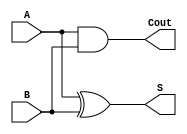
`timescale 1ns/10ps
module half_adder(S, Cout, A, B);
output S, Cout;
input A, B;
    and z1(Cout, A, B);
    xor z2(S, A, B);
endmodule